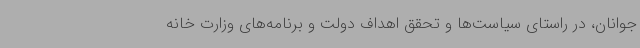
جوانان، در راستای سیاست‌ها و تحقق اهداف دولت و برنامه‌های وزارت خانه